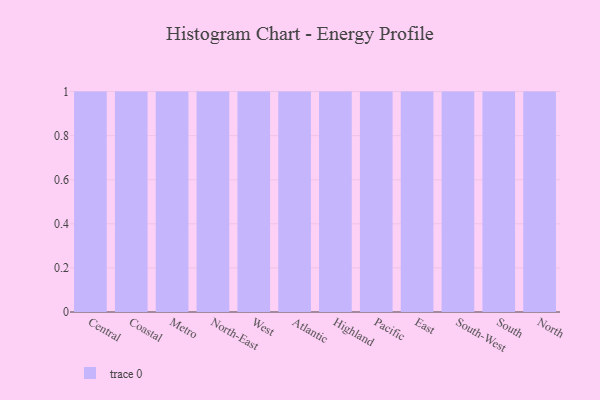
{"axis": {"x": "Region", "y": "Bounce Rate (%)"}, "legend": [""], "data": [{"x": "Central", "y": 64, "type": ""}, {"x": "Coastal", "y": 36, "type": ""}, {"x": "Metro", "y": 34, "type": ""}, {"x": "North-East", "y": 50, "type": ""}, {"x": "West", "y": 60, "type": ""}, {"x": "Atlantic", "y": 32, "type": ""}, {"x": "Highland", "y": 57, "type": ""}, {"x": "Pacific", "y": 6, "type": ""}, {"x": "East", "y": 13, "type": ""}, {"x": "South-West", "y": 38, "type": ""}, {"x": "South", "y": 98, "type": ""}, {"x": "North", "y": 45, "type": ""}]}